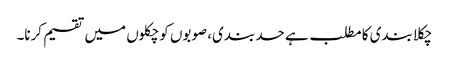
چکلا بندی کا مطلب ہے حد بندی، صوبوں کو چکلوں میں تقسیم کرنا۔